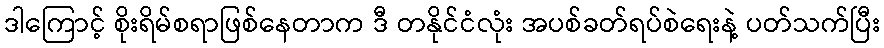
ဒါကြောင့် စိုးရိမ်စရာဖြစ်နေတာက ဒီ တနိုင်ငံလုံး အပစ်ခတ်ရပ်စဲရေးနဲ့ ပတ်သက်ပြီး